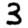
Digit: 3